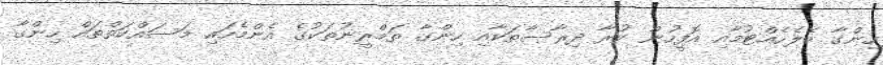
ހިންގާ ބެލެހެއްޓުމާއި އޮފީހުން ކުރާ ދިރާސާތަކާއި ހިންގާ ތަމްރީނުތަކުގެ އެންމެހައި މަސައްކަތްތައް ހިންގާ